Report of an investigation into the causes of the diseases known in Assam as Kála-Azár and Beri-Beri
Disease focus: Beri-Beri
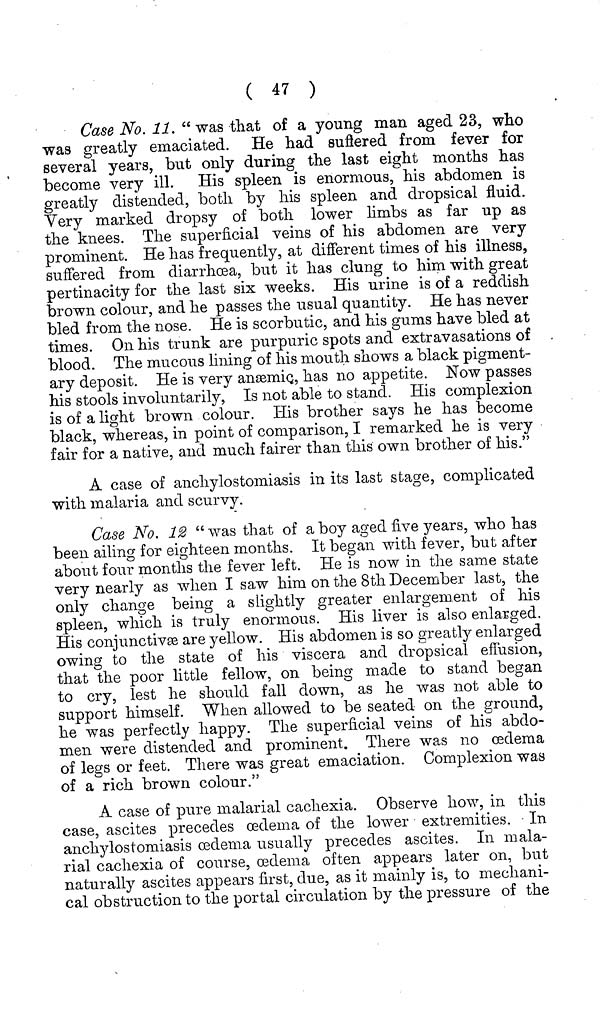
( 47 )
Case No. 11. " was that of a young man aged 23, who
was greatly emaciated. He had suffered from fever for
several years, but only during the last eight months has
become very ill. His spleen is enormous, his abdomen is
greatly distended, both by his spleen and dropsical fluid.
Very marked dropsy of both lower limbs as far up as
the knees. The superficial veins of his abdomen are very
prominent. He has frequently, at different times of his illness,
suffered from diarrhoea, but it has clung to him with great
pertinacity for the last six weeks. His urine is of a reddish
brown colour, and he passes the usual quantity. He has never
bled from the nose. He is scorbutic, and his gums have bled at
times. On his trunk are purpuric spots and extravasations of
blood. The mucous lining of his mouth shows a black pigment-
ary deposit. He is very anæmic,, has no appetite. Now passes
his stools involuntarily, Is not able to stand. His complexion
is of a light brown colour. His brother says he has become
black, whereas, in point of comparison, I remarked he is very
fair for a native, and much fairer than this own brother of his."
A case of anchylostomiasis in its last stage, complicated
with malaria and scurvy.
Case No. 12 " was that of a boy aged five years, who has
been ailing for eighteen months. It began with fever, but after
about four months the fever left. He is now in the same state
very nearly as when I saw him on the 8th December last, the
only change being a slightly greater enlargement of his
spleen, which is truly enormous. His liver is also enlarged.
His conjunctivæ are yellow. His abdomen is so greatly enlarged
owing to the state of his viscera and dropsical effusion,
that the poor little fellow, on being made to stand began
to cry, lest he should fall down, as he was not able to
support himself. When allowed to be seated on the ground,
he was perfectly happy. The superficial veins of his abdo-
men were distended and prominent. There was no oedema
of legs or feet. There was great emaciation. Complexion was
of a rich brown colour."
A case of pure malarial cachexia. Observe how, in this
case, ascites precedes oedema of the lower extremities. In
anchylostomiasis oedema usually precedes ascites. In mala-
rial cachexia of course, oedema often appears later on, but
naturally ascites appears first, due, as it mainly is, to mechani-
cal obstruction to the portal circulation by the pressure of the